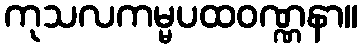
ကုသလကမ္မပထဝဏ္ဏနာ။